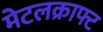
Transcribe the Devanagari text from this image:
मेटलक्राफ्ट